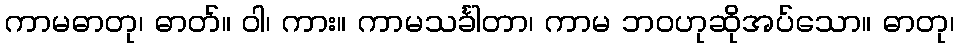
ကာမဓာတု၊ ဓာတ်။ ဝါ၊ ကား။ ကာမသင်္ခါတာ၊ ကာမ ဘဝဟုဆိုအပ်သော။ ဓာတု၊